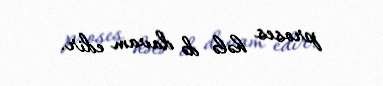
proses hələ də davam edir.